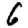
Digit: 6